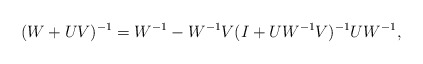
\begin{align*}(W+UV)^{-1}=W^{-1}-W^{-1}V(I+UW^{-1}V)^{-1}UW^{-1},\end{align*}